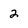
Character: 2